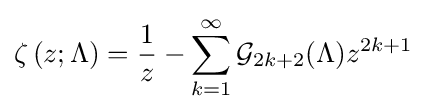
\operatorname {\zeta } {(z;\Lambda )}={\frac {1}{z}}-\sum _{k=1}^{\infty }{\mathcal {G}}_{2k+2}(\Lambda )z^{2k+1}